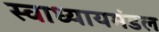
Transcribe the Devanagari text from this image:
स्वाध्यायमंडल